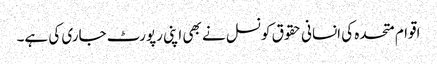
اقوام متحدہ کی انسانی حقوق کونسل نے بھی اپنی رپورٹ جاری کی ہے۔